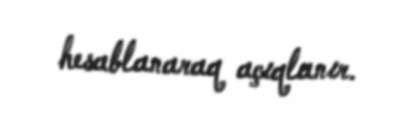
hesablanaraq açıqlanır.